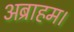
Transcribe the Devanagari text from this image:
अब्राहम।